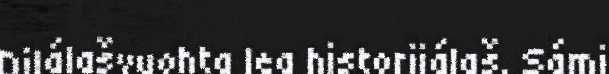
Dilálašvuohta lea historjjálaš. Sámi